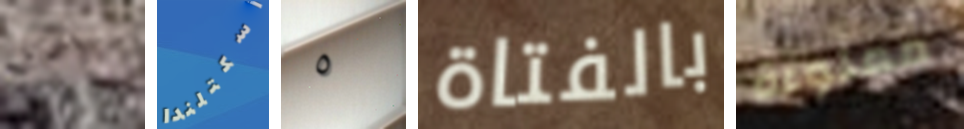
أصير أسكتلندا ٥ بالفتاة مملوءة